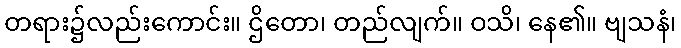
တရား၌လည်းကောင်း။ ဌိတော၊ တည်လျက်။ ဝသိ၊ နေ၏။ ဗျသနံ၊